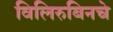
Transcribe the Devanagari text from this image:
विलिरुबिनचे